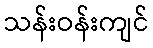
သန်းဝန်းကျင်